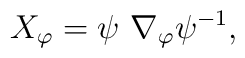
X_\varphi =\psi \ \nabla _\varphi \psi ^{-1},